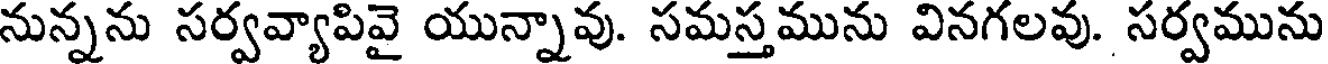
నున్నను సర్వవ్యాపివై యున్నావు. సమస్తమును వినగలవు. సర్వమును